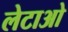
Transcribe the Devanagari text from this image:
लेटाओ